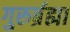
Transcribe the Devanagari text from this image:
गुरुर्ब्रह्मा